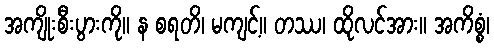
အကျိုးစီးပွားကို။ န စရတိ၊ မကျင့်။ တဿ၊ ထိုလင်အား။ အကိစ္စံ၊